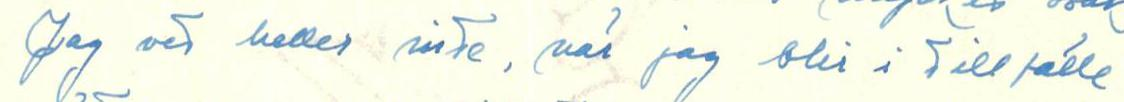
Jag vet heller inte, när jag blir i till fälle